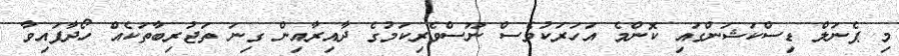
މި ޕެނަލް ޑިސްކަޝަންގައި ކޮންމެ އަހަރަކުވެސް ނޫސްވެރިކަމުގެ ދާއިރާއިން ގިނަ ތަޖުރިބާތަކެއް ހޯދާފައިވާ